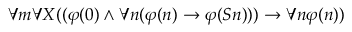
\forall m \forall X ( ( \varphi ( 0 ) \land \forall n ( \varphi ( n ) \rightarrow \varphi ( S n ) ) ) \rightarrow \forall n \varphi ( n ) )